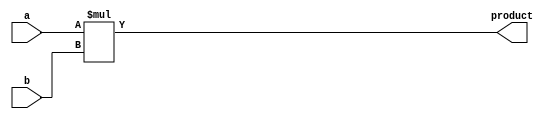
module multiplier(
    input [7:0] a,
    input [7:0] b,
    output reg [15:0] product
);

always @(*) begin
    product = a * b;
end

endmodule